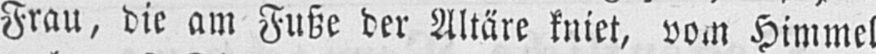
Frau, die am Fuße der Altäre kniet, vom Himmel